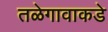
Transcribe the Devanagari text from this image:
तळेगावाकडे